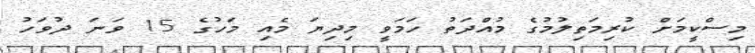
މިސްކީމަށް ކުރިމަތިލުމުގެ މުއްދަތު ހަމަވީ މިދިޔަ މެއި މަހުގެ 15 ވަނަ ދުވަހު